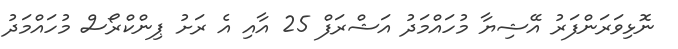
ނޮޅިވަރަންފަރު އޭޝިޔާ މުހައްމަދު އަޝްރަފް 25 އާއި އެ ރަށު ޕިންކްރޯސް މުހައްމަދު